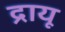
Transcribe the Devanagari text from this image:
द्रायू